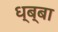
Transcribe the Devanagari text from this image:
ध्ब्बा